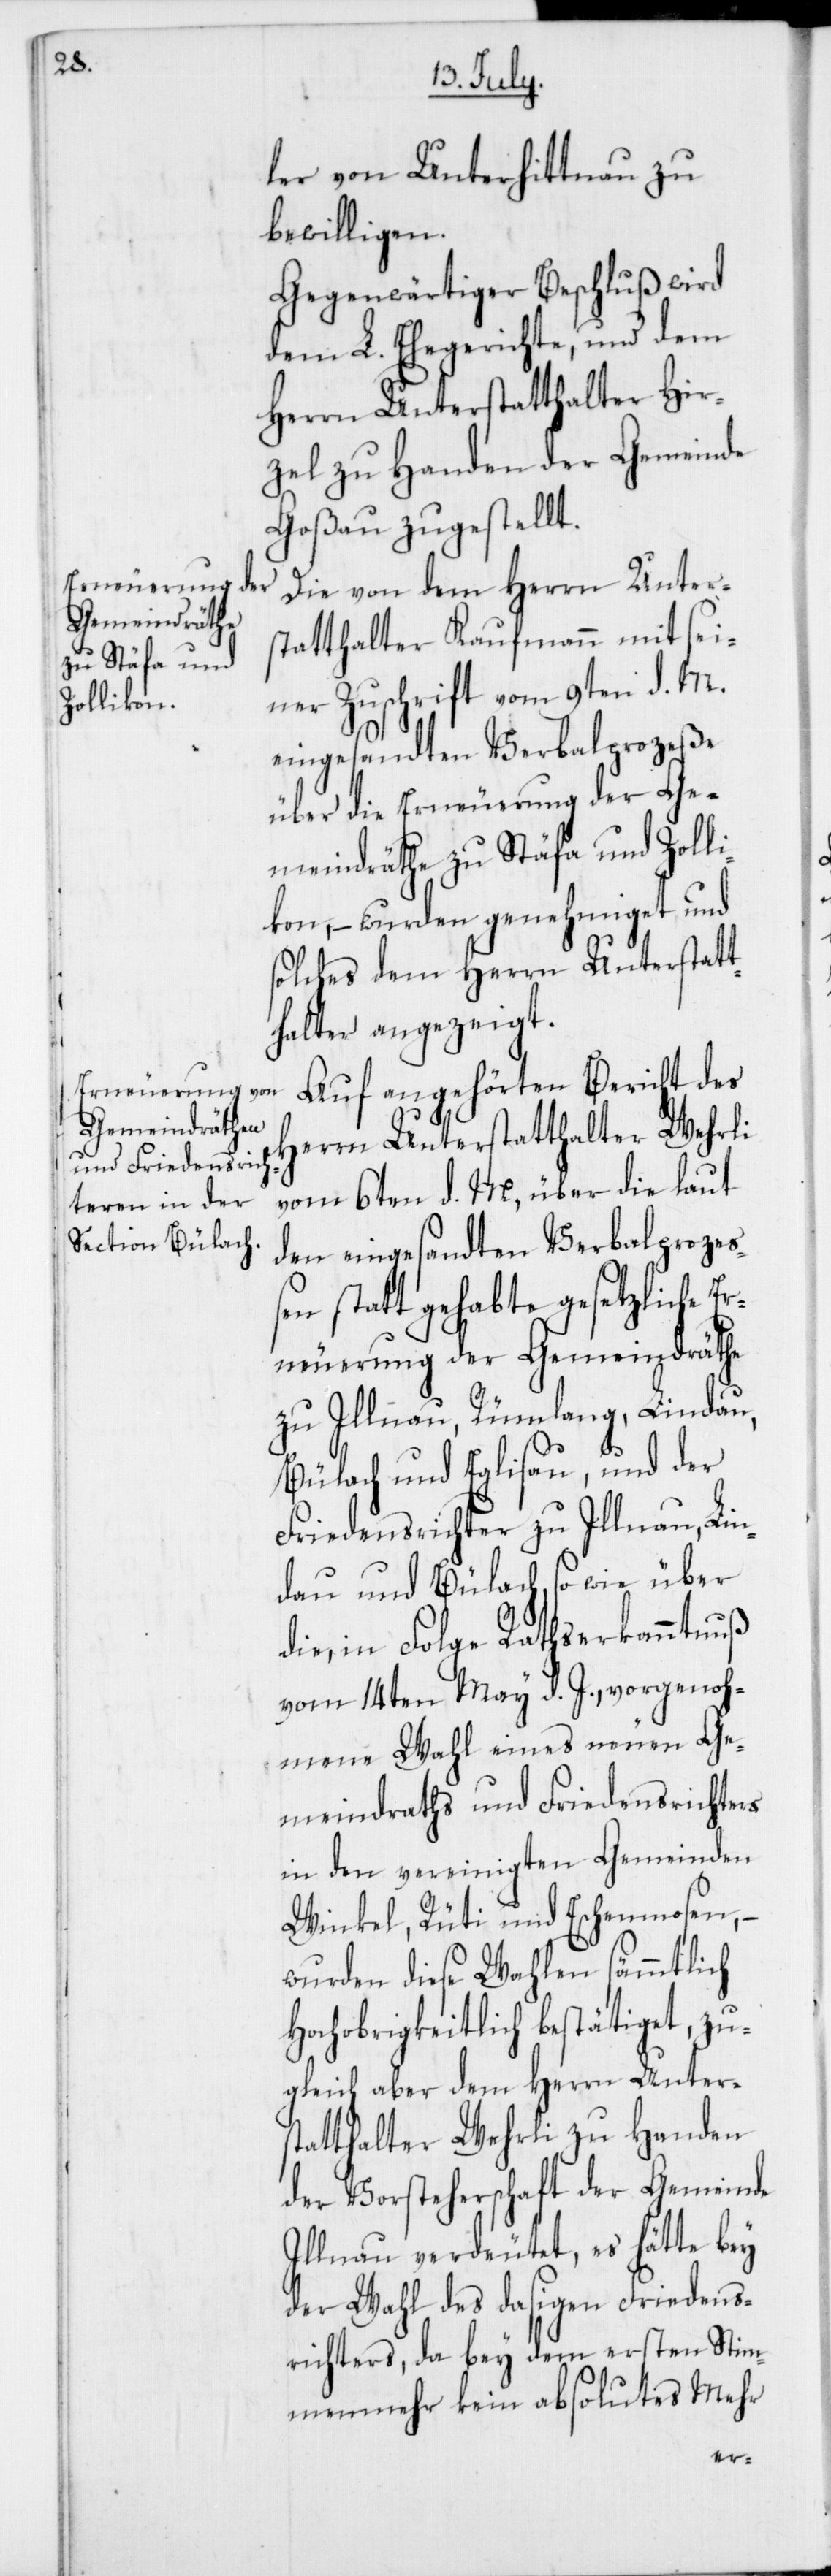
ler von Unterhittnau zu
bewilligen.
Gegenwärtiger Beschluß wird
dem L. Ehegerichte, und dem
Herrn Unterstatthalter Hir¬
zel zu Handen der Gemeinde
Goßau zugestellt.
Die von dem Herrn Unter¬
statthalter Kaufmann mit sei¬
ner Zuschrift vom 9ten d. M.
eingesandten Verbalprozeße
über die Erneuerung der Ge¬
meindräthe zu Stäfa und Zolli¬
kon, – wurden genehmiget und
solches dem Herrn Unterstatt¬
halter angezeigt.
Auf angehörten Bericht des
Herrn Unterstatthalter Wehrli
vom 6ten d. M., über die laut
den eingesandten Verbalprozeß¬
en stattgehabte gesetzliche Er¬
neuerung der Gemeindräthe
zu Illnau, Rümlang, Lindau,
Bülach und Eglisau, und der
Friedensrichter zu Illnau, Lin¬
dau und Bülach, sowie über
die in Folge Rathserkanntnuß
vom 14ten May d. J. vorgenoh¬
mene Wahl eines neuen Ge¬
meindraths und Friedensrichters
in den vereinigten Gemeinden
Winkel, Rüti und Eschenmosen, –
wurden diese Wahlen sämmtlich
Hochobrigkeitlich bestätiget, zu¬
gleich aber dem Herrn Unter¬
statthalter Wehrli zu Handen
der Vorsteherschaft der Gemeinde
Illnau verdeutet, es hätte bey
der Wahl des dasigen Friedens¬
richters, da bey dem ersten Stim¬
menmehr kein absolutes Mehr